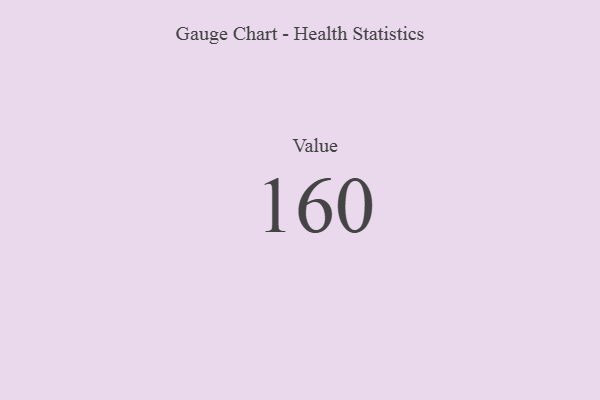
{"axis": {"x": "Metric", "y": "Value"}, "legend": [""], "data": [{"x": "Value", "y": 160, "type": ""}]}